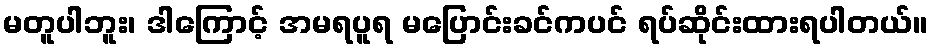
မတူပါဘူး၊ ဒါကြောင့် အမရပူရ မပြောင်းခင်ကပင် ရပ်ဆိုင်းထားရပါတယ်။